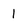
Character: 1